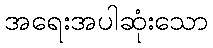
အရေးအပါဆုံးသော